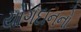
યોગદાનનો